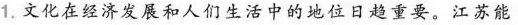
1.文化在经济发展和人们生活中的地位日趋重要。江苏能